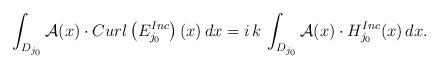
\begin{align*}\int_{D_{j_{0}}} \mathcal{A}(x) \cdot Curl\left( E^{Inc}_{j_{0}}\right)(x) \, dx = i \, k \, \int_{D_{j_{0}}} \mathcal{A}(x) \cdot H^{Inc}_{j_{0}}(x) \, dx. \end{align*}